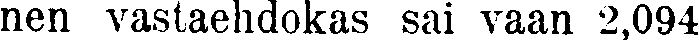
nen vastaehdokas sai vaan 2,094